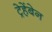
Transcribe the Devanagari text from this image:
ट्रेहेंबेन